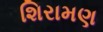
શિરામણ